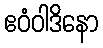
ဧဝံဝါဒိနော